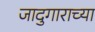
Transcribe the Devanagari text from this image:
जादुगाराच्या